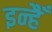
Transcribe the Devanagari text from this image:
इन्हैँ